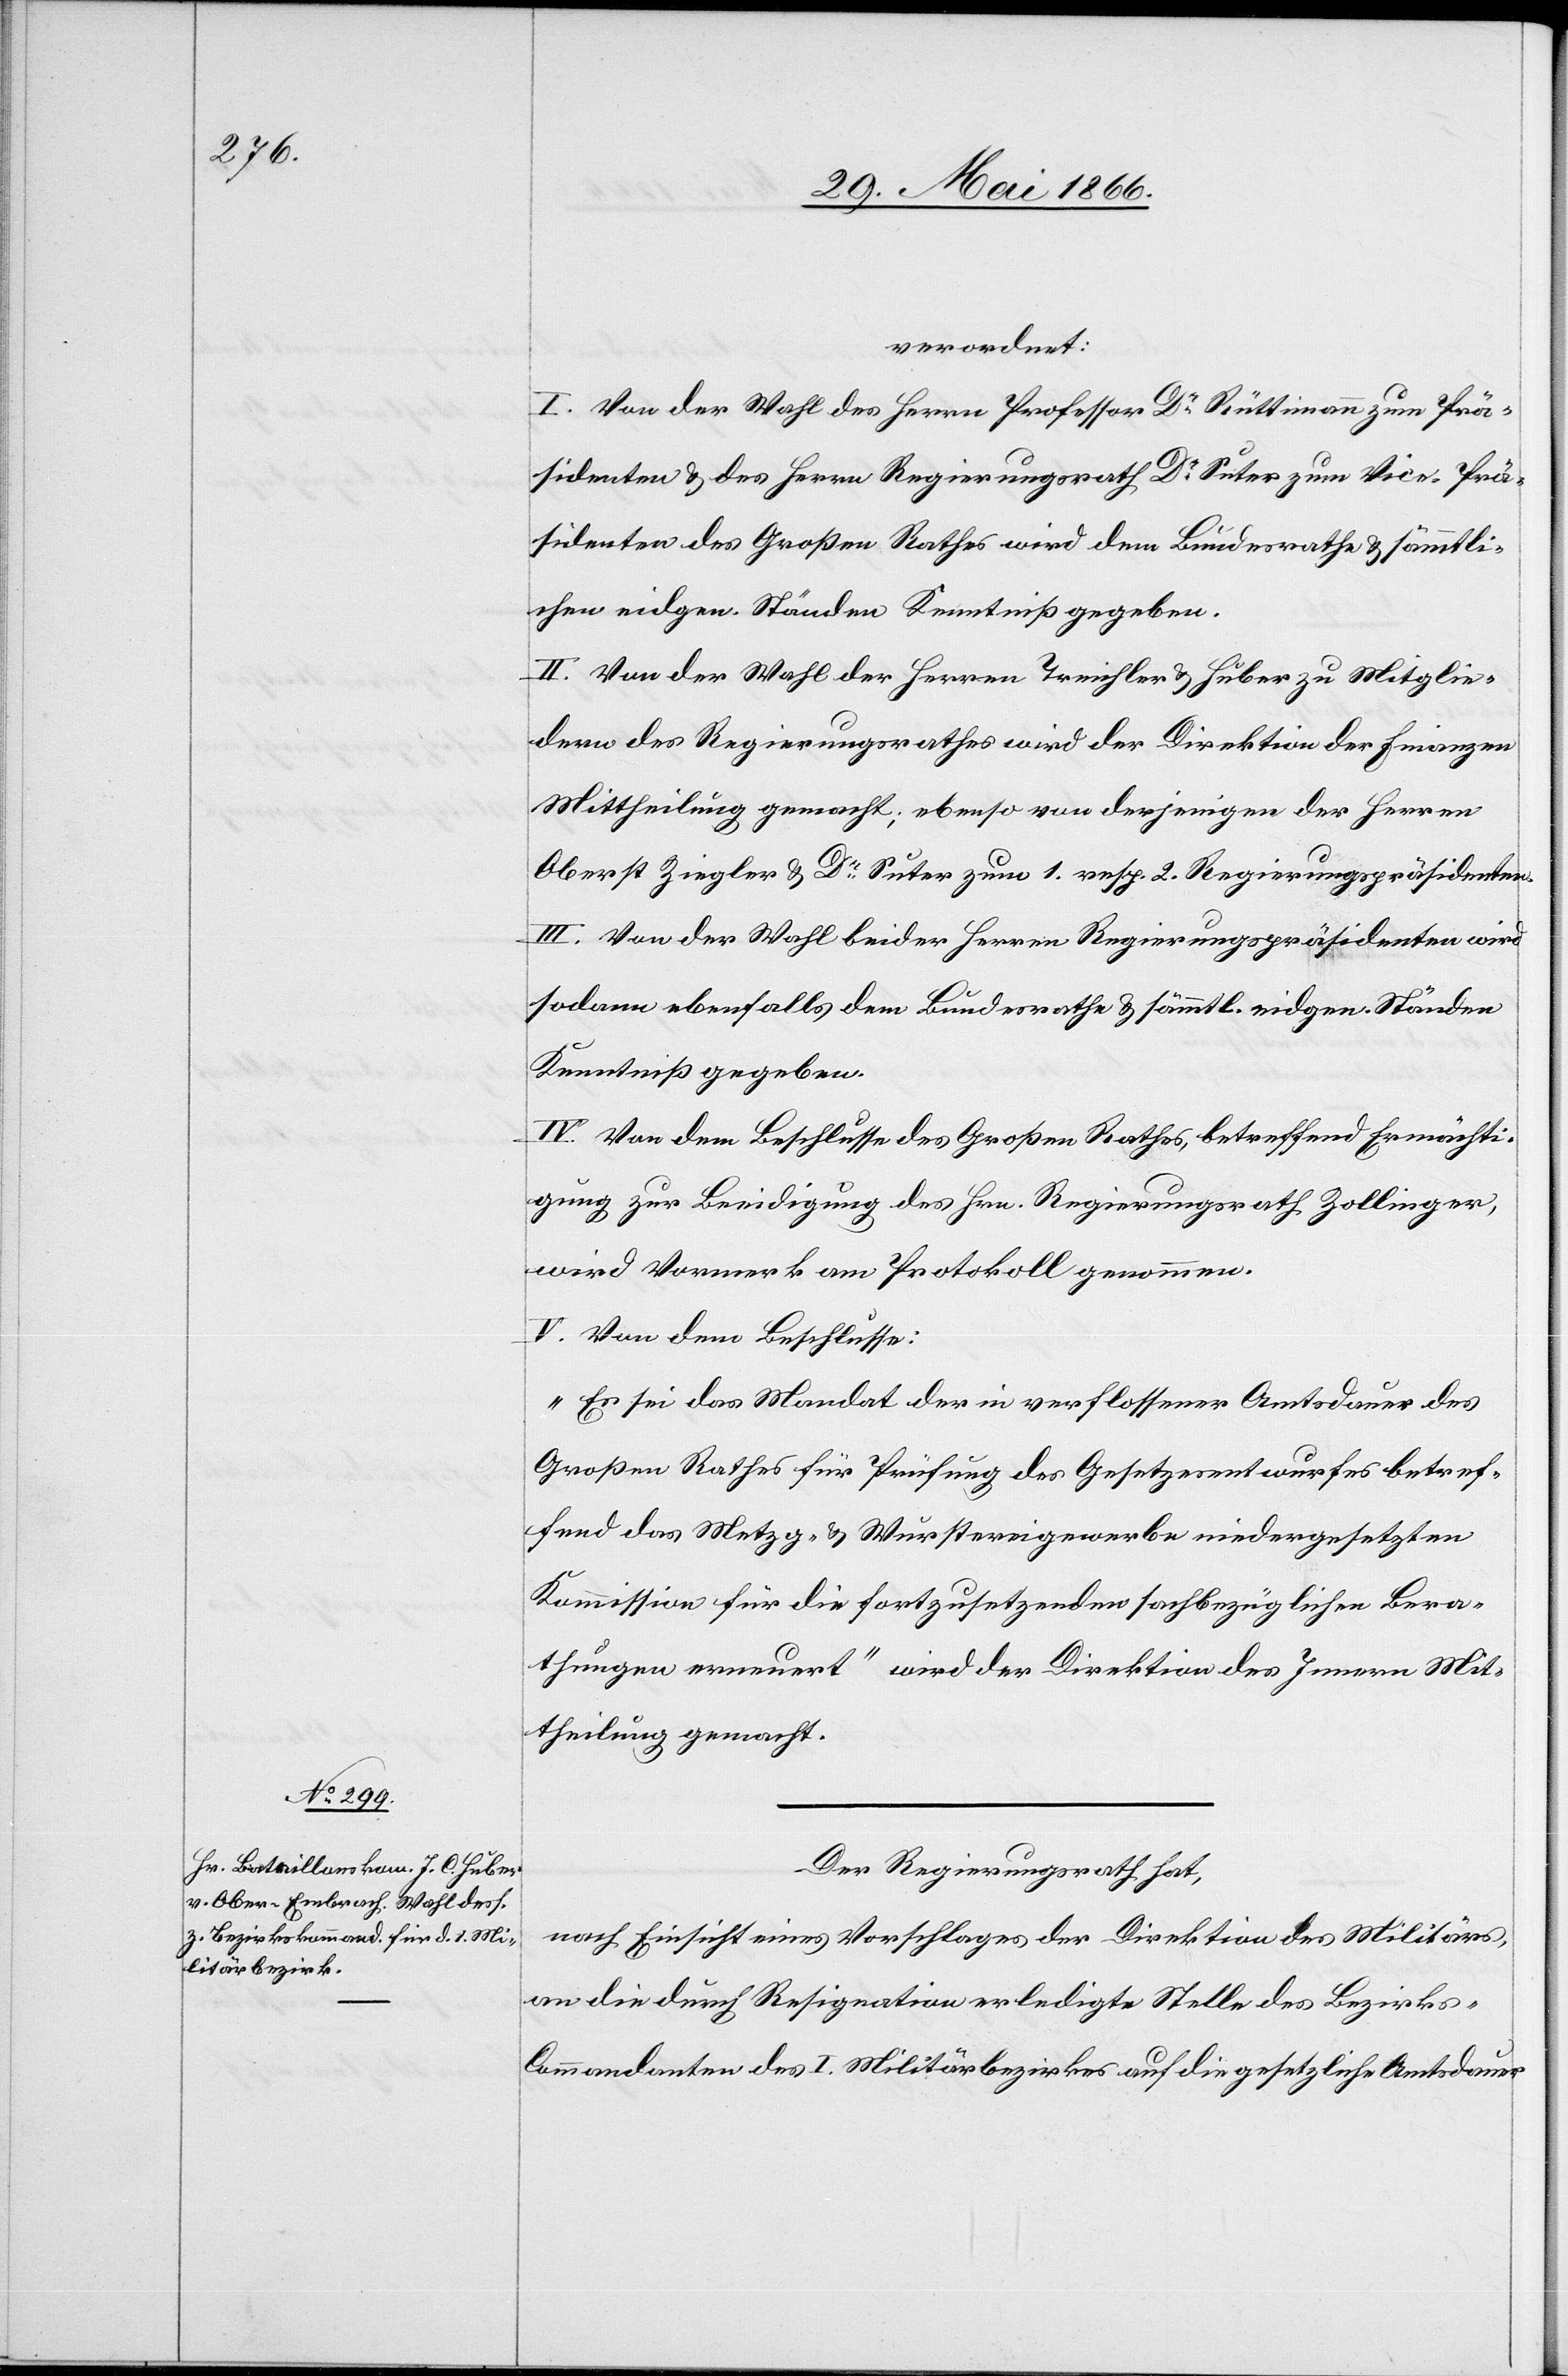
verordnet:
I. Von der Wahl des Herrn Professor Dr. Rüttimann zum Prä¬
sidenten u. des Herrn Regierungsrath Dr. Suter zum Vice-Prä¬
sidenten des Großen Rathes wird dem Bundesrath u. sämmtli¬
chen eidgen. Ständen Kenntniß gegeben.
II. Von der Wahl der Herren Treichler u. Huber zu Mitglie¬
dern des Regierungsrathes wird der Direktion der Finanzen
Mittheilung gemacht; ebenso von derjenigen der Herren
Oberst Ziegler u. Dr. Suter zum 1. resp. 2. Regierungspräsidenten.
III. Von der Wahl beider Herren Regierungspräsidenten wird
sodann ebenfalls dem Bundesrathe u. sämmtl. eidg. Ständen
Kenntniß gegeben.
IV. Von dem Beschlusse des Großen Rathes, betreffend Ermächti¬
gung zur Beeidigung des Hrn. Regierungsrath Zollinger,
wird Vormerk am Protokoll genommen.
V. Von dem Beschlusse:
„Es sei das Mandat der in verflossener Amtsdauer des
Großen Rathes für Prüfung des Gesetzesentwurfes betref¬
fend das Metzg- u. Wurstereigewerbe niedergesetzten
Kommission für die fortzusetzenden sachbezüglichen Bera¬
thungen erneuert“ wird der Direktion des Innern Mit¬
theilung gemacht.
Der Regierungsrath hat,
nach Einsicht eines Vorschlages der Direktion des Militäres,
an die durch Resignation erledigte Stelle des Bezirk¬
s-Commandanten des I. Militärbezirkes auf die gesetzliche Amtsdauer